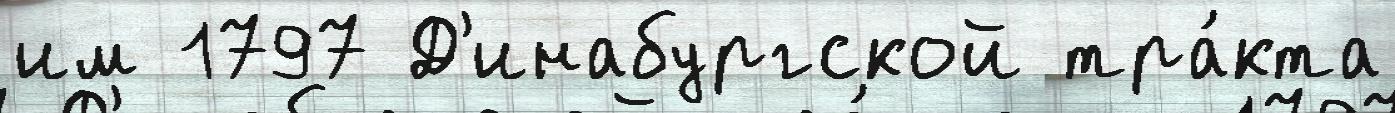
им 1797 Д'инабургской тра́кта